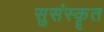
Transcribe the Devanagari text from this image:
सुसंस्कॄत